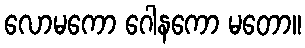
လောမကော ဂေါနကော မတော။